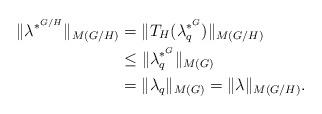
LaTeX: \begin{align*}\|\lambda^{\ast^{G/H}}\|_{M(G/H)}&=\|T_H(\lambda_q^{*^G})\|_{M(G/H)}\\&\le \|\lambda_q^{\ast^G}\|_{M(G)}\\&=\|\lambda_q\|_{M(G)}=\|\lambda\|_{M(G/H)}.\end{align*}